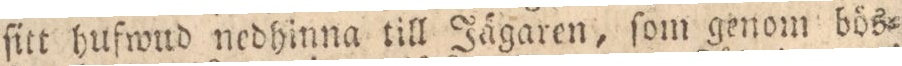
ſitt hufwud nedhinna till Jägaren, ſom genom bös=